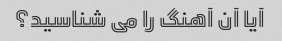
آیا آن آهنگ را می شناسید؟